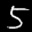
Label: 5